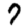
Digit: 7